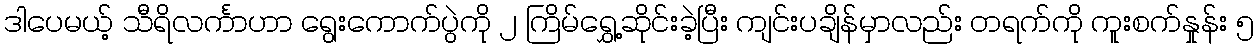
ဒါပေမယ့် သီရိလင်္ကာဟာ ရွေးကောက်ပွဲကို ၂ ကြိမ်ရွှေ့ဆိုင်းခဲ့ပြီး ကျင်းပချိန်မှာလည်း တရက်ကို ကူးစက်နှုန်း ၅